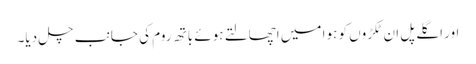
اور اگلے پل ان ٹکڑوں کو ہوا میں اچھالتے ہوئے باتھ روم کی جانب چل دیا۔